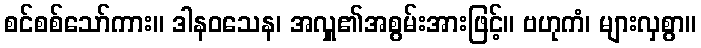
စင်စစ်သော်ကား။ ဒါနဝသေန၊ အလှူ၏အစွမ်းအားဖြင့်။ ဗဟုကံ၊ များလှစွာ။